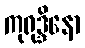
ကုရုဒ္ဒိနော